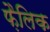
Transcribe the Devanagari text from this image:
फ़ैलिक